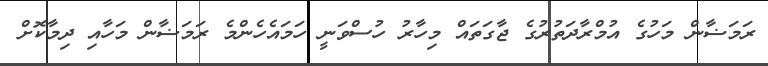
ރަމަޟާން މަހުގެ އުމްރާދަތުރުގެ ޖާގަތައް މިހާރު ހުސްވަނީ ހަމައެހެންމެ ރަމަޟާން މަހާއި ދިމާކޮށް